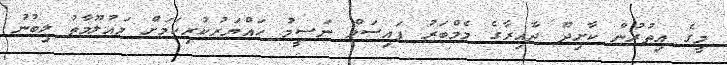
މީގެ އިތުރުން ކާށިދޫ ދާއިރާގެ މެމްބަރު ފައިސަލް ނަސީމު ހައްޔަރުކުރިކަމަށް މައުލޫމާތު ލިބުނު